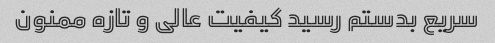
سریع بدستم رسید کیفیت عالی و تازه ممنون